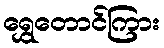
ရွှေတောင်ကြား